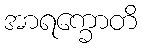
အာရက္ခောတိ